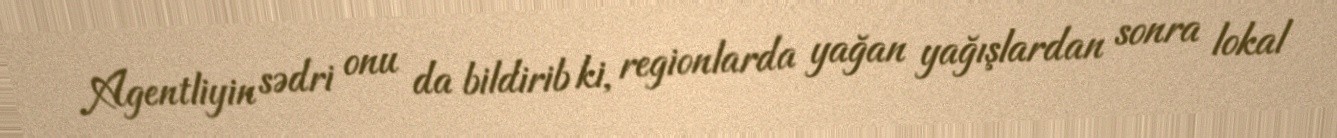
Agentliyin sədri onu da bildirib ki, regionlarda yağan yağışlardan sonra lokal